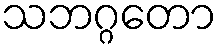
သဘဂ္ဂတော